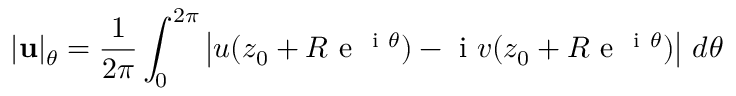
| \mathbf { u } | _ { \theta } = \frac { 1 } { 2 \pi } \int _ { 0 } ^ { 2 \pi } \left| u ( z _ { 0 } + R \mathrm { ~ e ~ } ^ { \mathrm { ~ i ~ } \theta } ) - \mathrm { ~ i ~ } v ( z _ { 0 } + R \mathrm { ~ e ~ } ^ { \mathrm { ~ i ~ } \theta } ) \right| \, d \theta